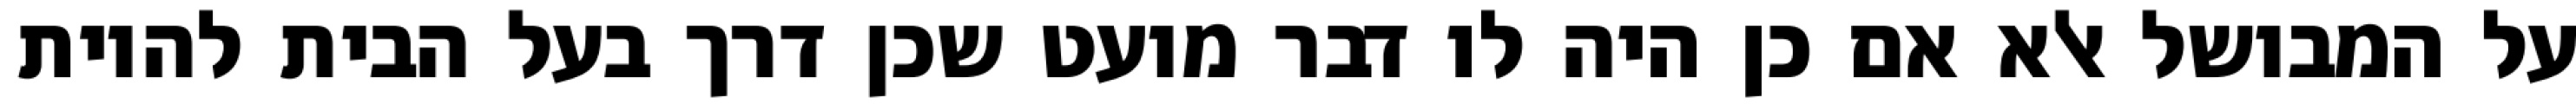
על המבושל אלא אם כן היה לו דבר מועט שכן דרך בעל הבית להיות